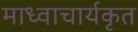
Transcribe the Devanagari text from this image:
माध्वाचार्यकृत